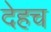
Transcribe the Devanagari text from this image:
देहच